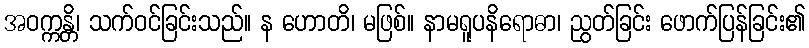
အဝက္ကန္တိ၊ သက်ဝင်ခြင်းသည်။ န ဟောတိ၊ မဖြစ်။ နာမရူပနိရောဓာ၊ ညွတ်ခြင်း ဖောက်ပြန်ခြင်း၏